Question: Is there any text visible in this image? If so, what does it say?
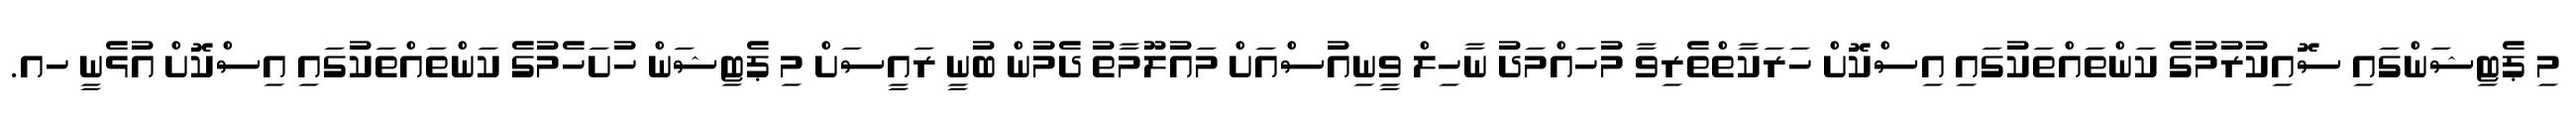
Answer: މި ޕެޓިޝަންގައި ސޮއިކުރުމުގެ ކަންތައްތަކުގައި އިސްކޮށް ހަރަކާތްތެރިވާ މުހައްމަދު ނާހިލް ވީނިއުސްއަށް މައުލޫމާތު ދެމުން ބުނީ ރައީސަށް މި ޕެޓިޝަން ހުށަހެމުގެ ކަންތައްތަކުގައި އިސްކޮށް އުޅެނީ ހއ.